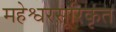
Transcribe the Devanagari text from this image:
महेश्वरसूरिकृत